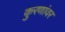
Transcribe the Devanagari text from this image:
कुरणांवर